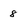
Character: 8